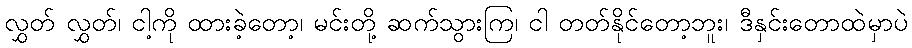
လွှတ် လွှတ်၊ ငါ့ကို ထားခဲ့တော့၊ မင်းတို့ ဆက်သွားကြ၊ ငါ တတ်နိုင်တော့ဘူး၊ ဒီနှင်းတောထဲမှာပဲ